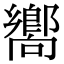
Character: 嚮